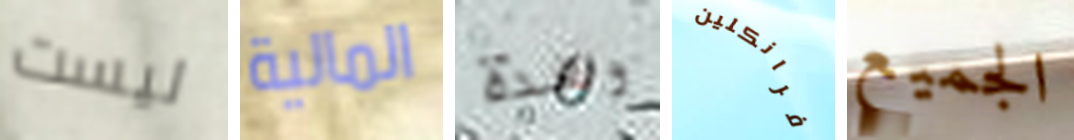
ليست المالية وهذة فرانكلين الجميع